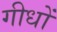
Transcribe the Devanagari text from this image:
गीधों